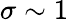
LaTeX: \sigma\sim 1